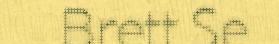
Brett Se